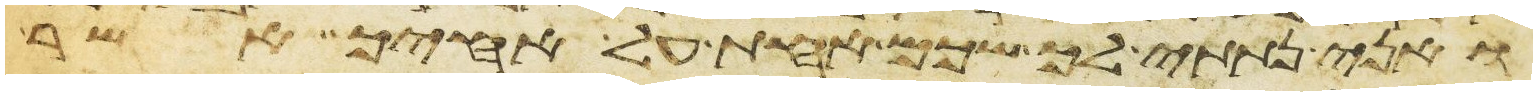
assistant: ואני נתתי לך שכם אחת על אחיך אשר